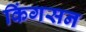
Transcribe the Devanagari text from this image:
किंगसन